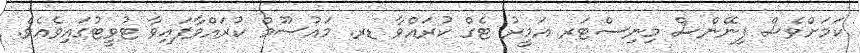
ކަމަށްވެސް ފިނޭންސް މިނިސްޓަރ އަމީރު ޓެގް ކުރައްވާ ޑރ. މައުސޫމް ކުރައްވާފައިވާ ޓުވީޓުގައިވެއެވެ.